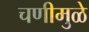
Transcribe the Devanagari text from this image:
चणीमुळे